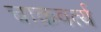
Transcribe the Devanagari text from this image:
चाक्रवर्त्य